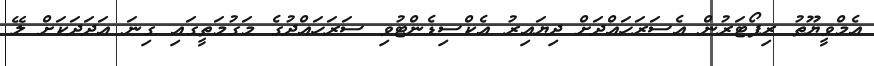
އެމްވީޔޫތު ރިޕޯޓަރުން އެސަރަހައްދަށް ދިޔައިރު އެކްސިޑެންޓުވި ސަރަހައްދުގެ މަގުމަތީގައި ގިނަ އަދަދަކަށް ލޭ